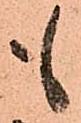
も